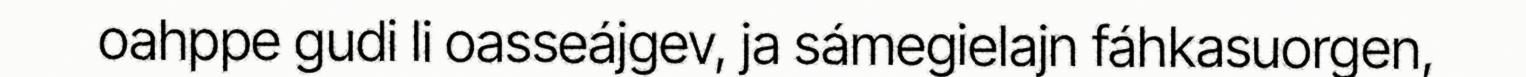
oahppe gudi li oasseájgev, ja sámegielajn fáhkasuorgen,